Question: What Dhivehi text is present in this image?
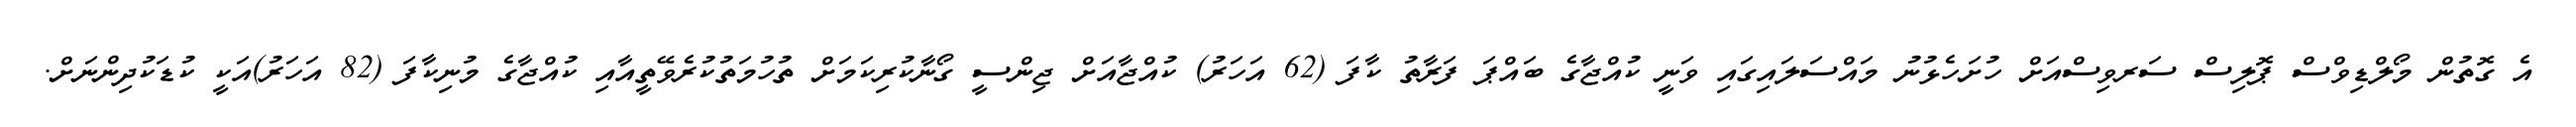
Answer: އެ ގޮތުން މޯލްޑިވްސް ޕޮލިސް ސަރވިސްއަށް ހުށަހެޅުނު މައްސަލައިގައި ވަނީ ކުއްޖާގެ ބައްޕަ ފަރާތު ކާފަ (62 އަހަރު) ކުއްޖާއަށް ޖިންސީ ގޯނާކުރިކަމަށް ތުހުމަތުކުރެވޭތީއާއި ކުއްޖާގެ މުނިކާފަ (82 އަހަރު)އަކީ ކުޑަކުދިންނަށް.